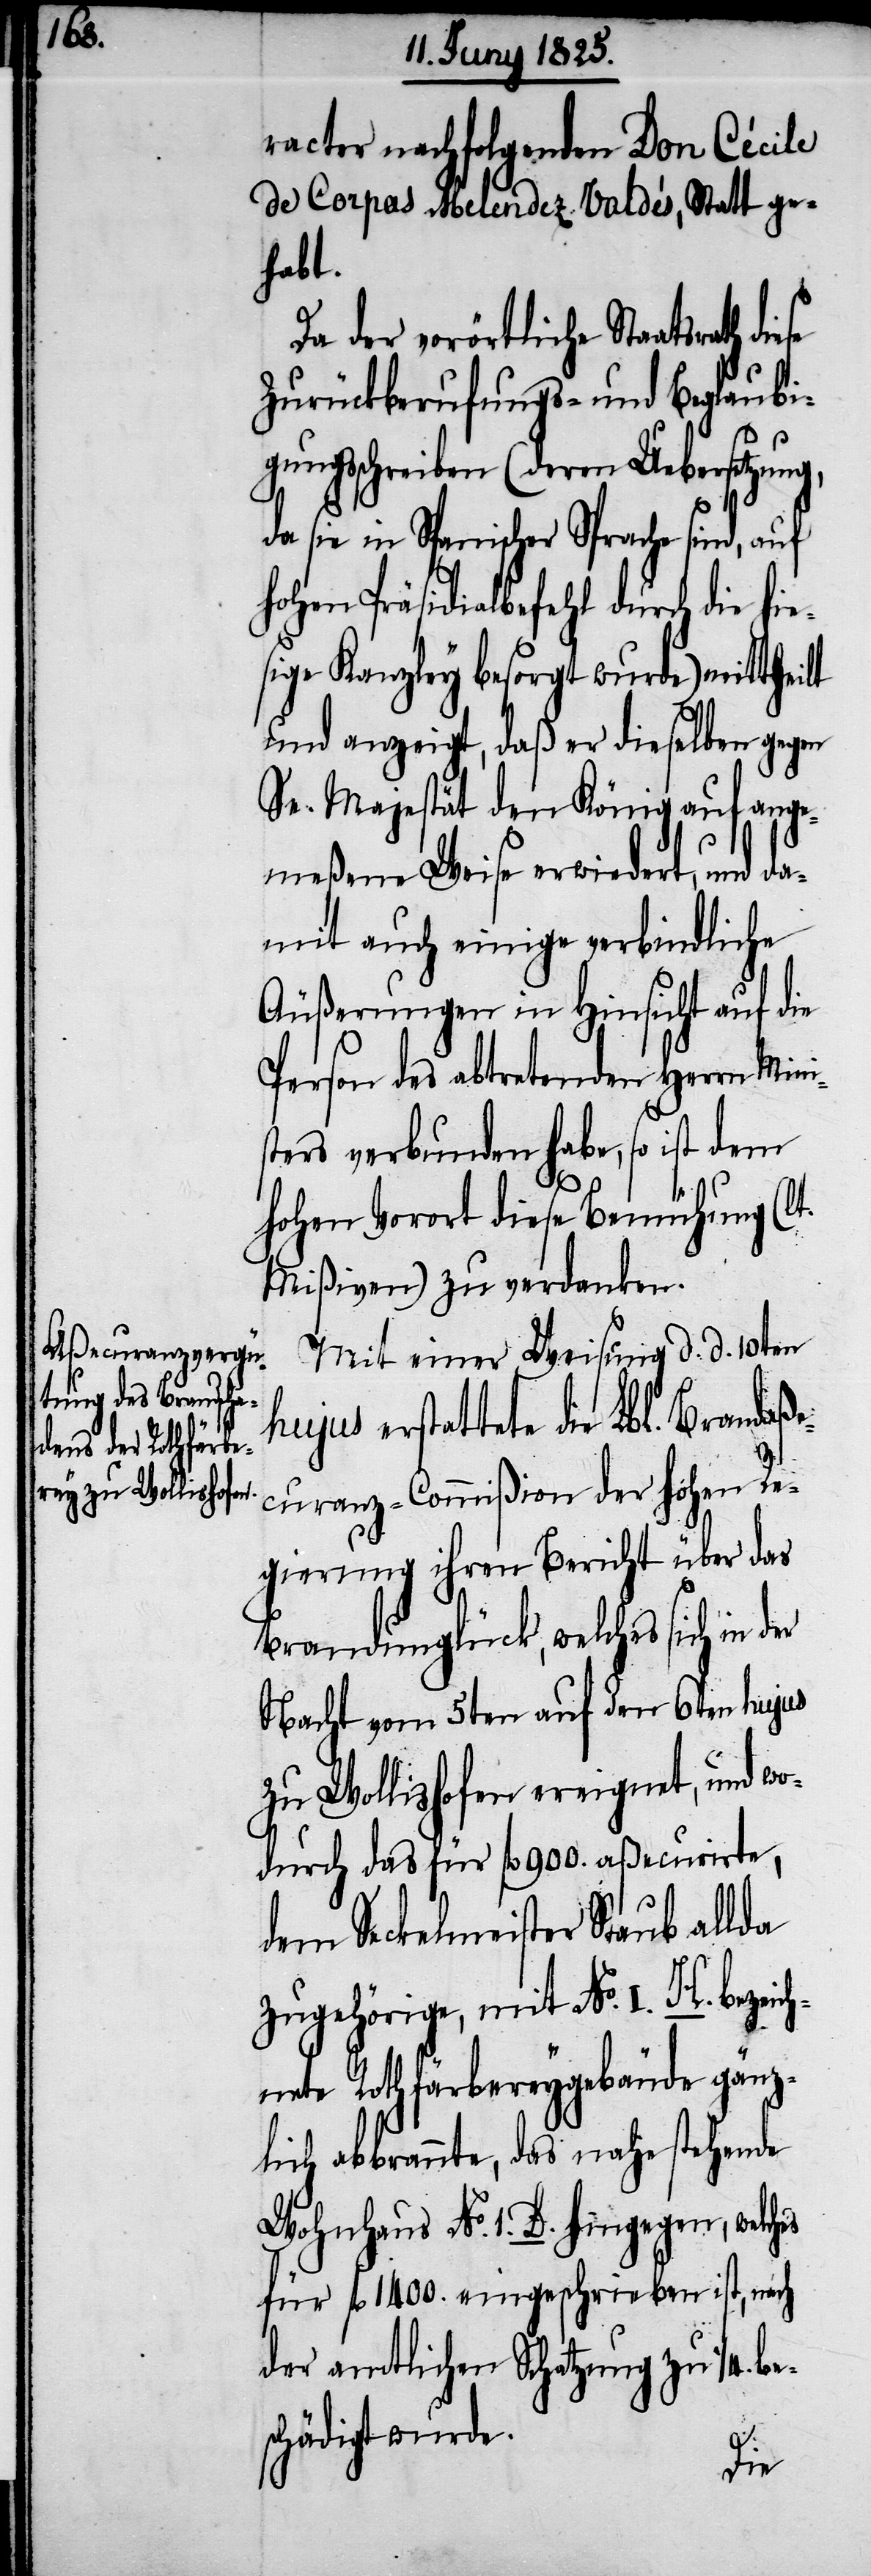
racter nachfolgenden Don Cécile
de Corpas Melendez Valdés, Statt ge¬
habt.
Das der vorörtliche Staatsrath
Zurückberufungs- und Beglaubi¬
gungsschreiben (deren Uebersetzung,
da sie in Spanischer Sprache sind, auf
hohen Präsidialbefehl durch die hie¬
sige Kanzley besorgt wurde) mittheilt
und anzeigt, daß er dieselben gegen
Se. Majestät den König auf ange¬
meßene Weise erwiedert, und da¬
mit auch einige verbindliche
Äußerungen in Hinsicht auf die
Person des abtretenden Herrn Mini¬
sters verbunden habe, so ist dem
hohen Vorort diese Bemühung (lt.
Mißiven) zu verdanken